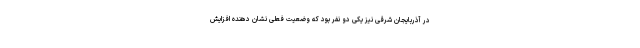
در آذربایجان شرقی نیز یکی دو نفر بود که وضعیت فعلی نشان دهنده افزایش